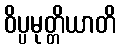
ဝိပ္ပမုတ္တိယာတိ